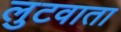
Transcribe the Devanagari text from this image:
लुटवाता